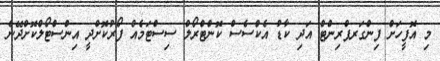
މި އޮފީހަށް ފިންގަރޕްރިންޓް އަދި ކާޑު އެކްސެސް ކޮންޓްރޯލް ސިސްޓަމެއް ފޯރުކޮށްދީ އިންސްޓޯލްކޮށްދޭނެ